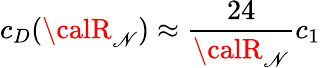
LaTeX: c_{D}({\calR}_{\mathscr{N}})\approx\frac{{24}}{{{\calR}_{\mathscr{N}}}}c_{1}